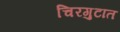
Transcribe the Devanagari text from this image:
चिरगुटात